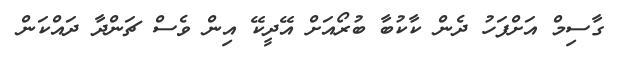
ގާސިމް އަށްފަހު ދެން ކާކުބާ ބުރޯއަށް އޭދީކޭ އިން ވެސް ޗަންދާ ދައްކަން